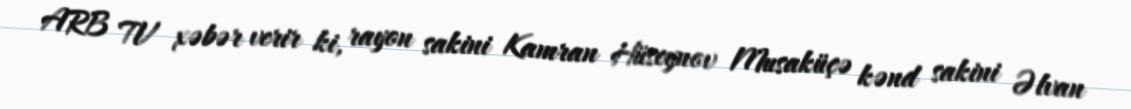
ARB TV xəbər verir ki, rayon sakini Kamran Hüseynov Musaküçə kənd sakini Əlvan